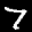
Label: 7